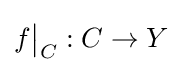
f{\big \vert }_{C}:C\to Y